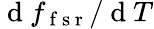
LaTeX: \mathrm{~d~}f_{\mathrm{~f~s~r~}}/\mathrm{~d~}T